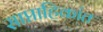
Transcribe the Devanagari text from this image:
साप्ताहिकांत